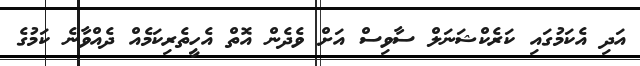
އަދި އެކަމުގައި ކަރެކްޝަނަލް ސާވިސް އަށް ވެދެން އޮތް އެހީތެރިކަމެއް ދެއްވާނެ ކަމުގެ